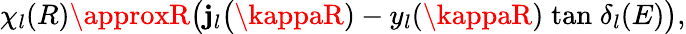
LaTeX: \chi_{l}(R)\approxR\big(\mathbf{j}_{l}\big(\kappaR)-y_{l}(\kappaR)\; \mathrm{{tan}}\; \delta_{l}(E)\big),